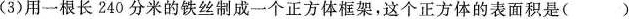
(3)用一根长240分米的铁丝制成一个正方体框架，这个正方体的表面积是()